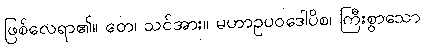
ဖြစ်လေရာ၏။ တေ၊ သင်အား။ မဟာဥပဝဒေါပိစ၊ ကြီးစွာသော